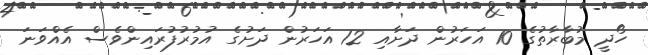
ހޯދީ މުބާރާތުގެ 10 އަހަރުން ދަށާއި 12 އަހަރުން ދަށުގެ އުމުރުފުރައިންވެސް އެއްވަނަ